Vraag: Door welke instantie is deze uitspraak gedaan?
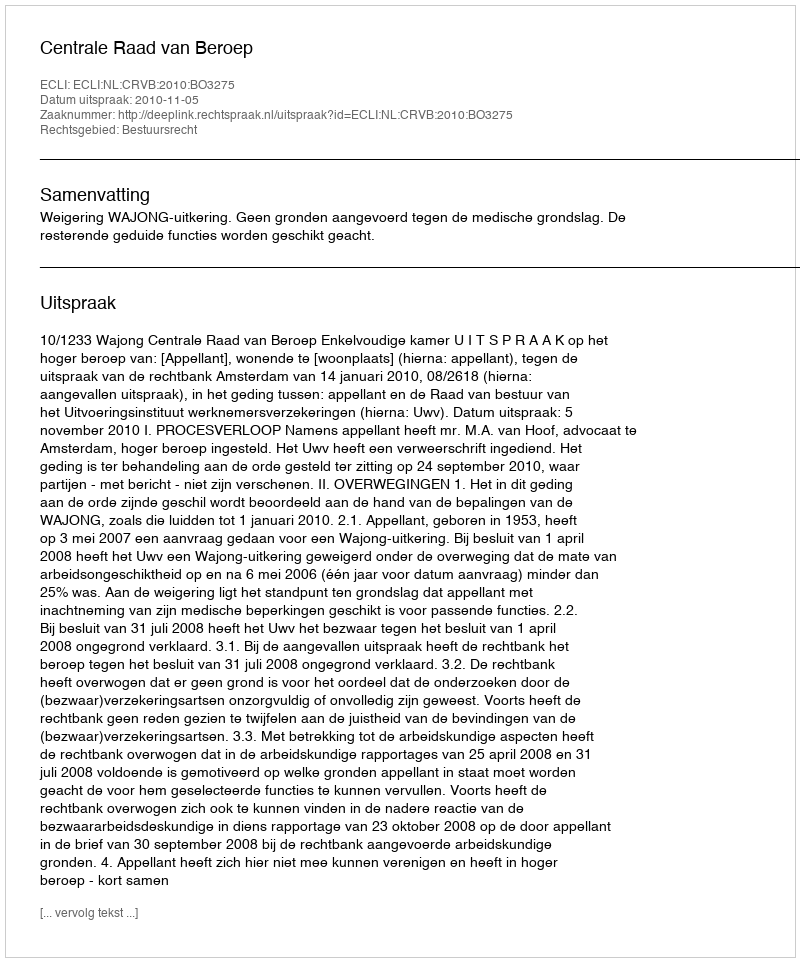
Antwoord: Centrale Raad van Beroep